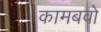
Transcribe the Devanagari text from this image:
कामबवो